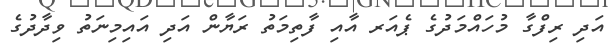
އަދި ރިފްގާ މުހައްމަދުގެ ޕެއަރ އާއި ފާތިމަތު ރަޔާން އަދި އައިމިނަތު ވިދާދުގެ